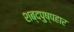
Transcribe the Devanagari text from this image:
शब्दपुष्पहार